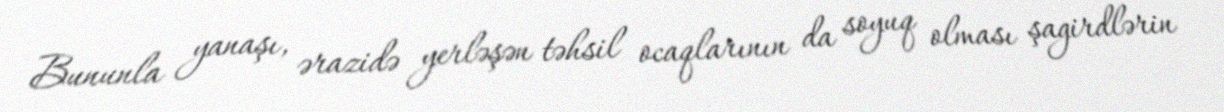
Bununla yanaşı, ərazidə yerləşən təhsil ocaqlarının da soyuq olması şagirdlərin